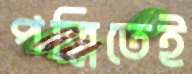
পল্লিতেই